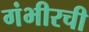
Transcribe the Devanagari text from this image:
गंभीरची